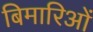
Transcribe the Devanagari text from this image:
बिमारिओं